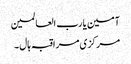
آمین یا رب العالمین
مرکزی مراقبہ ہال ۔